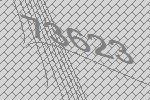
73623